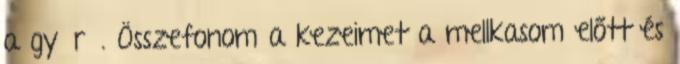
a gyűrű. Összefonom a kezeimet a mellkasom előtt és